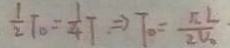
\frac { 1 } { 2 } T _ { o } = \frac { 1 } { 4 } T \Rightarrow T _ { o } = \frac { \sqrt { 2 } L } { 2 V _ { o } }